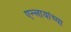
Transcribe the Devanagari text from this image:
एन्लायांच्या